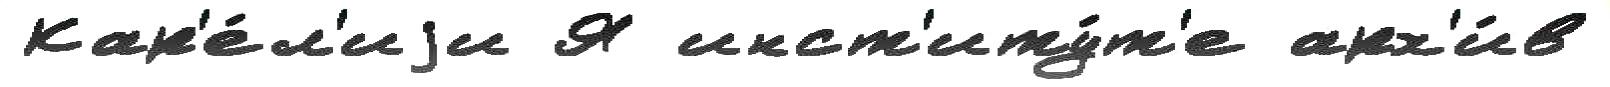
Кар'е́л'иjи Я инст'иту́т'е арх'и́в